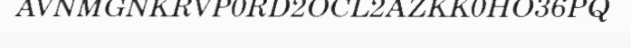
AVNMGNKRVP0RD2OCL2AZKK0HO36PQ